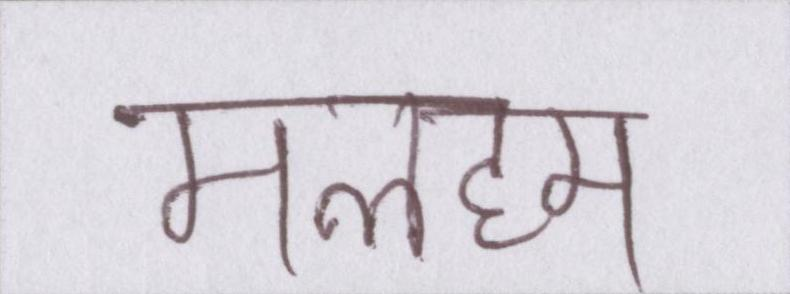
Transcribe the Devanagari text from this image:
मलहम